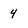
Character: 4